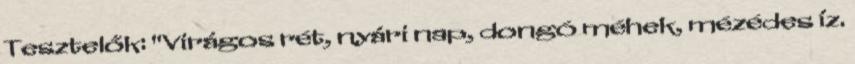
Tesztelők: "Virágos rét, nyári nap, dongó méhek, mézédes íz.